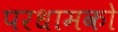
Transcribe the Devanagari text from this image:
परधामको